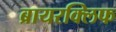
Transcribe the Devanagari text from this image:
ब्रायरक्लिफ